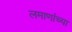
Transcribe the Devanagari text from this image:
लमाणांच्या